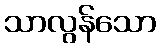
သာလွန်သော